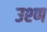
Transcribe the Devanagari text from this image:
उश्ण